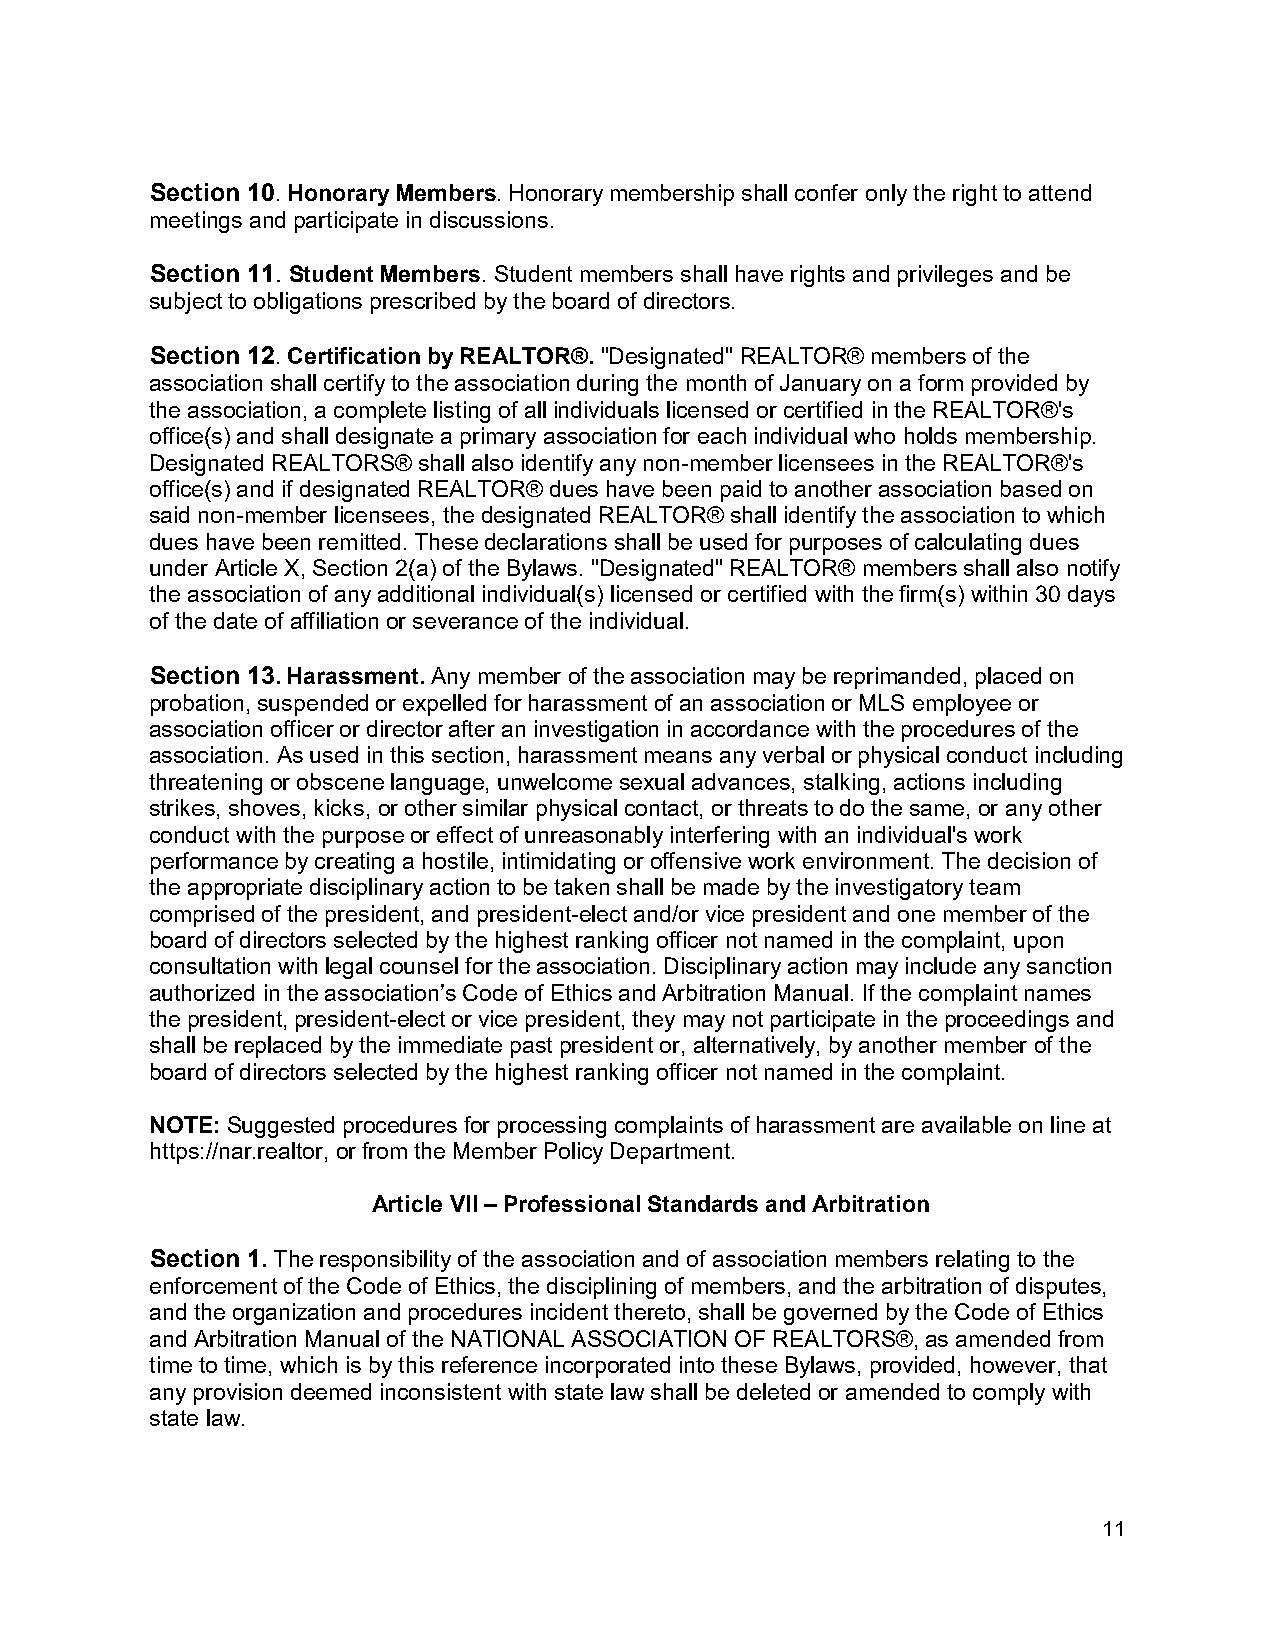
Section 10. Honorary Members. Honorary membership shall confer only the right to attend
 meetings and participate in discussions.
 Section 11. Student Members. Student members shall have rights and privileges and be
 subject to obligations prescribed by the board of directors.
 Section 12. Certification by REALTOR®. "Designated" REALTOR® members of the
 association shall certify to the association during the month of January on a form provided by
 the association, a complete listing of all individuals licensed or certified in the REALTOR®'s
 office(s) and shall designate a primary association for each individual who holds membership.
 Designated REALTORS® shall also identify any non-member licensees in the REALTOR®'s
 office(s) and if designated REALTOR® dues have been paid to another association based on
 said non-member licensees, the designated REALTOR® shall identify the association to which
 dues have been remitted. These declarations shall be used for purposes of calculating dues
 under Article X, Section 2(a) of the Bylaws. "Designated" REALTOR® members shall also notify
 the association of any additional individual(s) licensed or certified with the firm(s) within 30 days
 of the date of affiliation or severance of the individual.
 Section 13. Harassment. Any member of the association may be reprimanded, placed on
 probation, suspended or expelled for harassment of an association or MLS employee or
 association officer or director after an investigation in accordance with the procedures of the
 association. As used in this section, harassment means any verbal or physical conduct including
 threatening or obscene language, unwelcome sexual advances, stalking, actions including
 strikes, shoves, kicks, or other similar physical contact, or threats to do the same, or any other
 conduct with the purpose or effect of unreasonably interfering with an individual's work
 performance by creating a hostile, intimidating or offensive work environment. The decision of
 the appropriate disciplinary action to be taken shall be made by the investigatory team
 comprised of the president, and president-elect and/or vice president and one member of the
 board of directors selected by the highest ranking officer not named in the complaint, upon
 consultation with legal counsel for the association. Disciplinary action may include any sanction
 authorized in the association’s Code of Ethics and Arbitration Manual. If the complaint names
 the president, president-elect or vice president, they may not participate in the proceedings and
 shall be replaced by the immediate past president or, alternatively, by another member of the
 board of directors selected by the highest ranking officer not named in the complaint.
 NOTE: Suggested procedures for processing complaints of harassment are available on line at
 https://nar.realtor, or from the Member Policy Department.
 Article VII – Professional Standards and Arbitration
 Section 1. The responsibility of the association and of association members relating to the
 enforcement of the Code of Ethics, the disciplining of members, and the arbitration of disputes,
 and the organization and procedures incident thereto, shall be governed by the Code of Ethics
 and Arbitration Manual of the NATIONAL ASSOCIATION OF REALTORS®, as amended from
 time to time, which is by this reference incorporated into these Bylaws, provided, however, that
 any provision deemed inconsistent with state law shall be deleted or amended to comply with
 state law.
 11